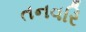
તનવરિ